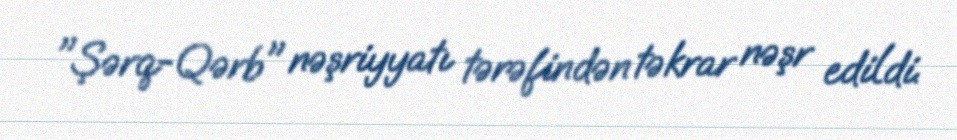
"Şərq-Qərb" nəşriyyatı tərəfindən təkrar nəşr edildi.